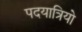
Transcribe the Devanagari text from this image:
पदयात्रियो